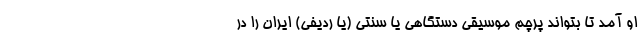
او آمد تا بتواند پرچم موسیقی دستگاهی یا سنتی (یا ردیفی) ایران را در